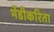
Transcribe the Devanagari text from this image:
भेंडीकरिता